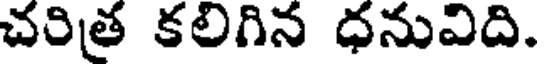
చరిత కలిగిన ధనువిది.